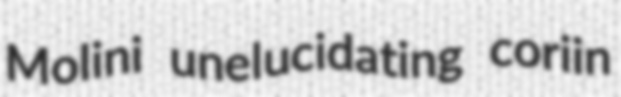
Molini unelucidating coriin